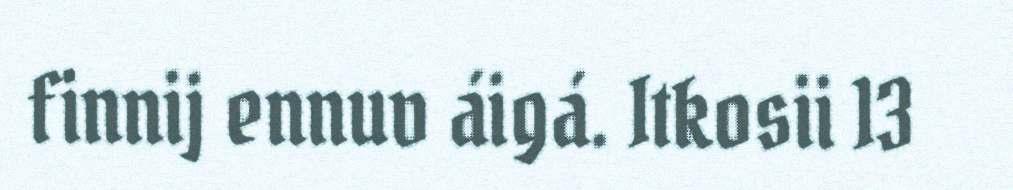
finnij ennuv áigá. Itkosii 13